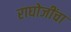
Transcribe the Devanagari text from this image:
राघोजींचा